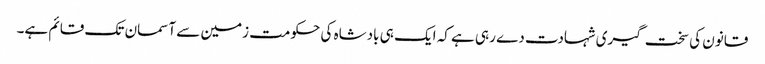
قانون کی سخت گیری شہادت دے رہی ہے کہ ایک ہی بادشاہ کی حکومت زمین سے آسمان تک قائم ہے۔